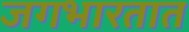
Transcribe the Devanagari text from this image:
जगभारतात